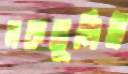
মরুভূমিই